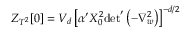
Z _ { T ^ { 2 } } [ 0 ] = V _ { d } \left[ \alpha ^ { \prime } X _ { 0 } ^ { 2 } { \operatorname * { d e t } } ^ { \prime } \left( - \nabla _ { w } ^ { 2 } \right) \right] ^ { - d / 2 }